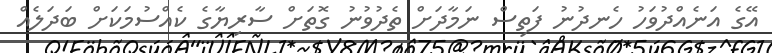
އޭގެ އަނެއްދުވަހު ހެނދުނު ފަތިސް ނަމާދަށް ތެދުވުނު ގޮތަށް ސާރިޔާގެ ކެއްސުމަކަށް ބަދަލެއް